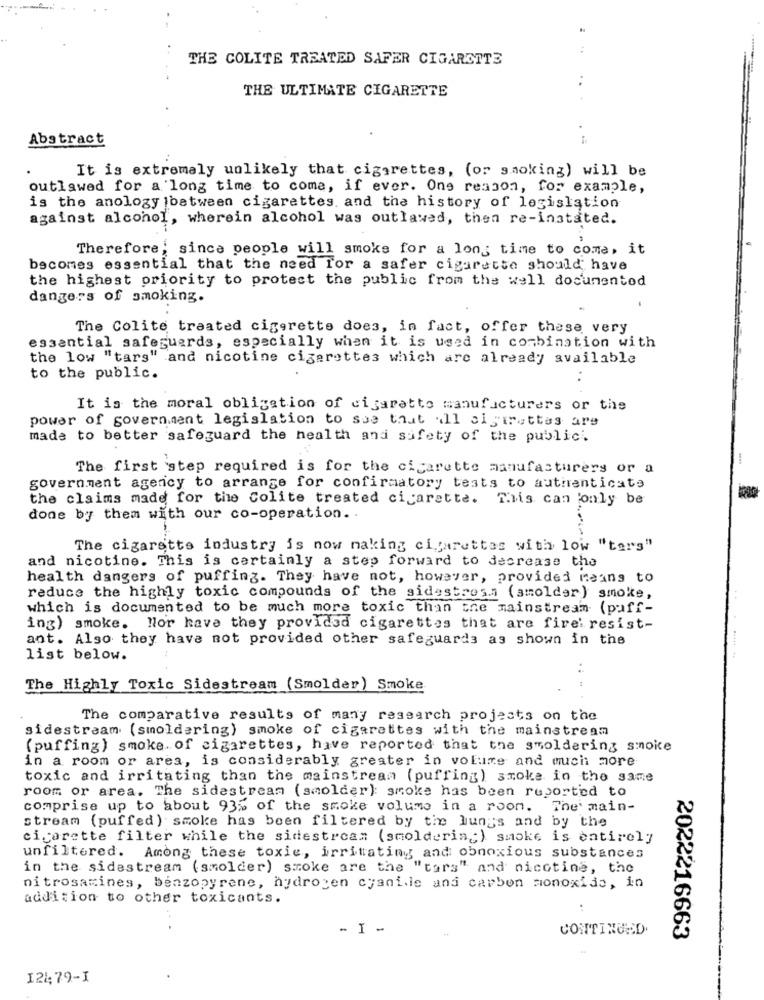
THE COLITE TREATED SAFER CIGARETTE
THE ULTIMATE CIGARETTE
Abstract
It is extremely unlikely that cigarettes, (or smoking) will be
outlawed for a long time to come, if ever. One reason, for example,
is the anology |between cigarettes. and the history of legislation
against alcohol, wherein alcohol was outlawed, then re-instated.
Therefore; since people will smoke for a long time to come, it
becomes essential that the need for a safer cigarette should have
the highest priority to protect the public from the well documented
dangers of smoking.
The Colite treated cigarette does, in fact, offer these very
essential safeguards, especially when it is used in combination with
the low "tars" and nicotine cigarettes which are already available
to the public.
It is the moral obligation of cigaratto manufacturers or the
power of government legislation to sse that all alsirettes are
made to better safeguard the health and safety of the public.
-
The first step required is for the cigarette asnufacturers or a
government agency to arrange for confirmatory tests to authenticate
the claims made for the Colite treated cigarette. This can 'only be
done by them with our co-operation. .
The cigarstts industry is now naking cigarettes with low "ters"
and nicotine. This is certainly a step forward to decrease the
health dangers of puffing. They have not, however, provided means to
reduce the highly toxic compounds of the sidestress (smolder) smoke,
which is documented to be much more toxic than the mainstream (puff-
ing) smoke. Nor have they provided cigarettes that are fire' resist-
ant. Also they have not provided other safeguards as shown in the
list below.
The Highly Toxic Sidestream (Smolder) Smoke
The comparative results of many research projects on the
sidestream (smoldering) smoke of cigarettes with the mainstream
(puffing) smoke. of cigarettes, have reported that the smoldering smoke
in a room or area, is considerably greater in volume and much more
toxic and irritating than the mainstream (puffing) smoke in the same
room or area. The sidestream (smolder): smoke has been reported to
comprise up to about 93% of the smoke volume in a room. The main-
stream (puffed ) smoke has been filtered by the lungs and by the
cicorette filter while the sidestream (smoldering) smoke is entirely
unfiltered. Among these toxic, irritating and obnoxious substances
in the sidestream (smolder) smoke are the "tars" and nicotine, the
nitrosamines, benzopyrene, hydrogen cyani.le and carbon monoxide, in
addition to other toxicants.
- I -
CONTINUED.
2022216663
121:79-I